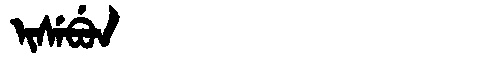
Manchu: ᡳᠰᡝᠪᡠᠨ
Romanization: ISEBUN